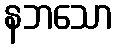
နဘသော